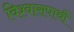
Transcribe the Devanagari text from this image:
विश्वासपार्थी